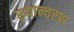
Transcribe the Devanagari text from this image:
रूपान्‍तरण